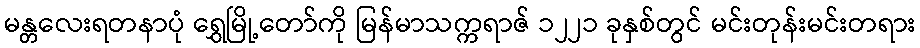
မန္တလေးရတနာပုံ ရွှေမြို့တော်ကို မြန်မာသက္ကရာဇ် ၁၂၂၁ ခုနှစ်တွင် မင်းတုန်းမင်းတရား